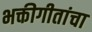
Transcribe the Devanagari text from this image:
भक्तीगीतांचा